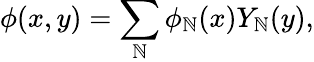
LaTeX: \phi(x,y)=\sum_{\mathbb{N}}\phi_{\mathbb{N}}(x)Y_{\mathbb{N}}(y),